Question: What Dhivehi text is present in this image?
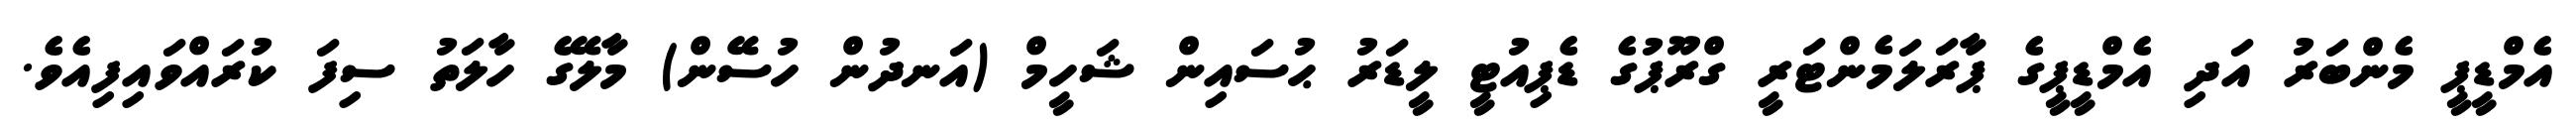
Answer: އެމްޑީޕީ މެންބަރު އަދި އެމްޑީޕީގެ ޕާރަލަމެންޓަރީ ގްރޫޕުގެ ޑެޕިއުޓީ ލީޑަރު ޙުސައިން ޝަހީމް (އަނދުން ހުސޭން) މާލޭގެ ހާލަތު ސިފަ ކުރައްވައިފިއެވެ.